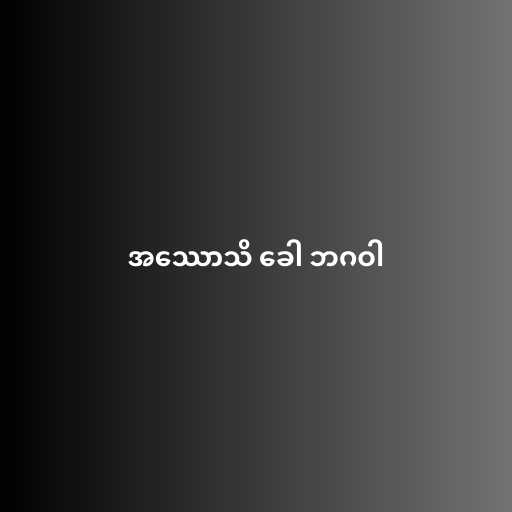
အဿောသိ ခေါ ဘဂဝါ